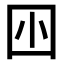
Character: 𡆧